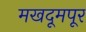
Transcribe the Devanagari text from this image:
मखदूमपूर